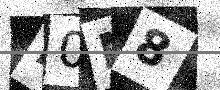
Text: F0M8